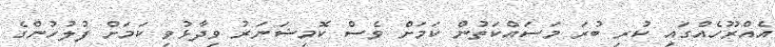
އެއްރޫހެއްގައި ކުރި ބުރަ މަސައްކަތުން ކަމަށް ވެސް ކޮމިޝަނަރު ވިދާޅުވި ކަމަށް ފުލުހުންގެ